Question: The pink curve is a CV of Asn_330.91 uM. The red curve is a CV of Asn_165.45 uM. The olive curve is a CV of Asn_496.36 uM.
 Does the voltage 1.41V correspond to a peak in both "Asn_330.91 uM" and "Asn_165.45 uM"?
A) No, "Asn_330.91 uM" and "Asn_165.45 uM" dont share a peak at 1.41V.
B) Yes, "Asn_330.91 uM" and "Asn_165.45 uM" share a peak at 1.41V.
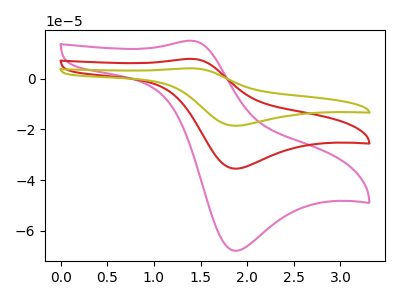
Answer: <think>The pink curve "Asn_330.91 uM" has an anodic peak at (1.40V, 15.00uA) and a cathodic peak at (1.85V, -67.90uA). The red curve "Asn_165.45 uM" has an anodic peak at (1.40V, 7.85uA) and a cathodic peak at (1.85V, -35.50uA). The olive curve "Asn_496.36 uM" has an anodic peak at (1.40V, 15.65uA) and a cathodic peak at (1.85V, -71.00uA).</think>
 <answer>B) Yes, "Asn_330.91 uM" and "Asn_165.45 uM" share a peak at 1.41V.</answer>
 <eval>B</eval>